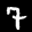
Label: 7